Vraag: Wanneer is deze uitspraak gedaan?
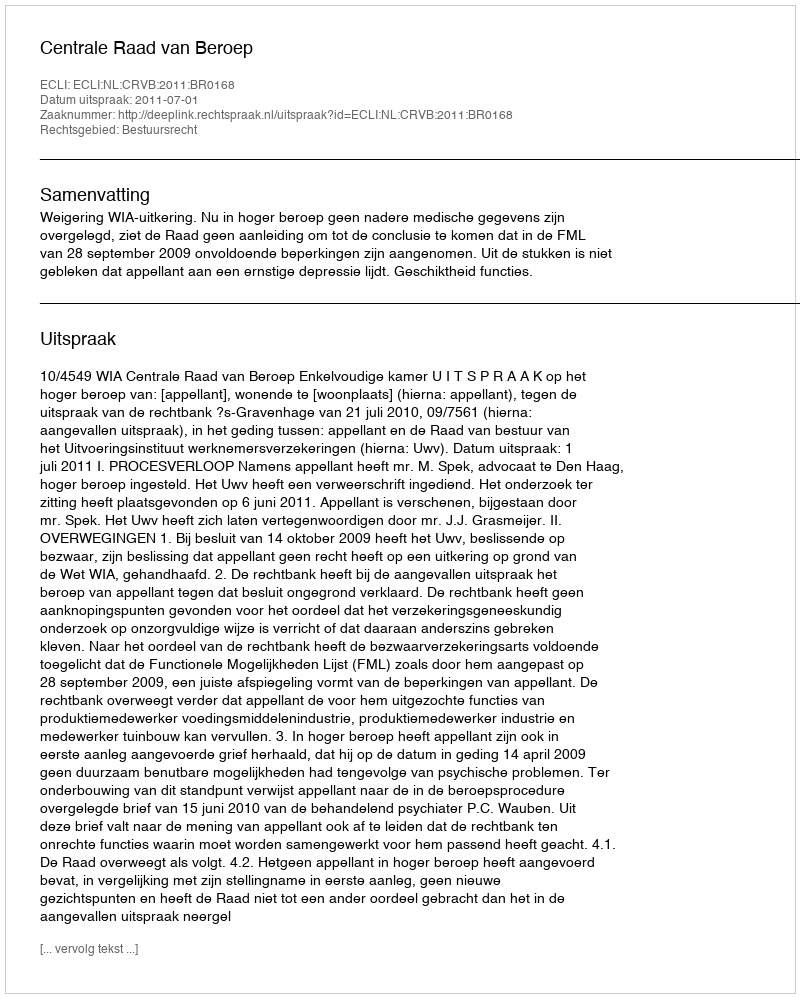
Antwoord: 2011-07-01